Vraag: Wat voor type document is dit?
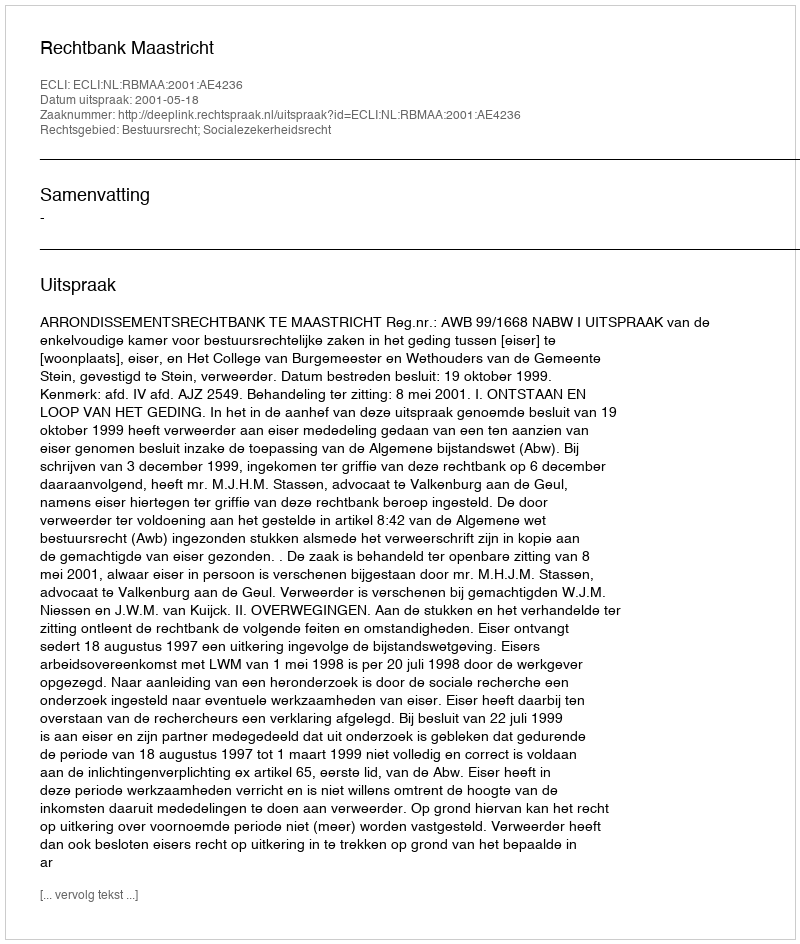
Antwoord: Uitspraak